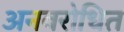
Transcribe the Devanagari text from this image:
अनवरोधित